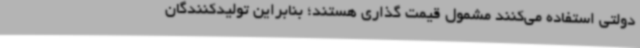
دولتی استفاده می‌کنند مشمول قیمت گذاری هستند؛ بنابراین تولیدکنندگان